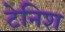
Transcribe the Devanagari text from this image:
टेनिश